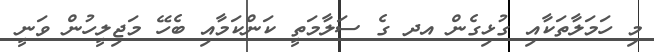
މި ހަމަލާތަކާއި ގުޅިގެން އދ ގެ ސަލާމަތީ ކަންކަމާއި ބެހޭ މަޖިލީހުން ވަނީ